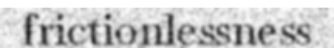
frictionlessness